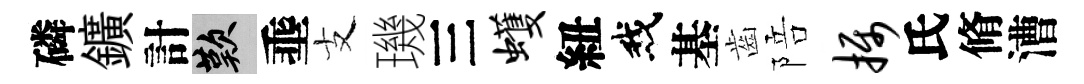
磷鑛計嘆埀支璣三蠖紐我基齒陪摄氏脩漕